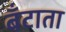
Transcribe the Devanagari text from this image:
बँटाता